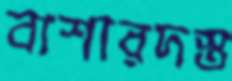
বাশারদস্ত